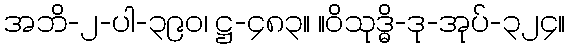
အဘိ-၂-ပါ-၃၉၀၊ ဋ္ဌ-၄၈၃။ ။ဝိသုဒ္ဓိ-ဒု-အုပ်-၃၂၄။